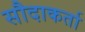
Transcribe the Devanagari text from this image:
सौदाकर्ता